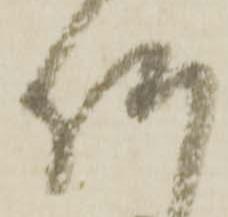
何